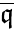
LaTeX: \overline{{\mathfrak{q}}}